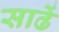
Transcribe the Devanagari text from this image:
साढें